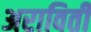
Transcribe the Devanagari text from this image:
अराविती